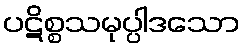
ပဋိစ္စသမုပ္ပါဒသော